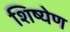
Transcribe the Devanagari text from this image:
शिष्येण